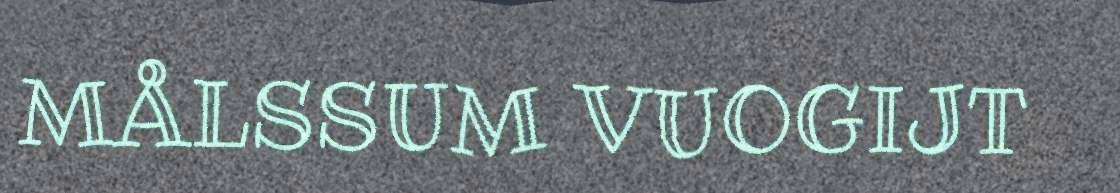
MÅLSSUM VUOGIJT